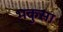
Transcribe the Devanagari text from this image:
भकुसा